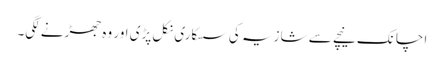
اچانک نیچے سے شازیہ کی سسکاری نکل پڑی اور وہ جھڑنے لگی۔